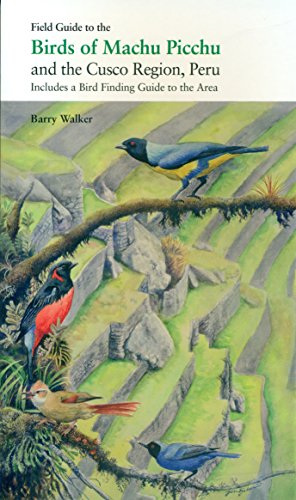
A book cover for Field Guide to the Birds of Machu Picchu and the Cusco Region, Peru: Includes a Bird Finding Guide to the Area; Barry Walker; Travel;